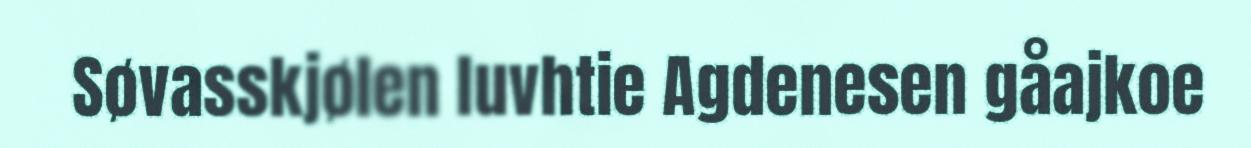
Søvasskjølen luvhtie Agdenesen gåajkoe